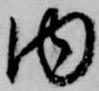
内